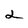
Character: 2